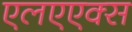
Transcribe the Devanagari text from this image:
एलएएक्स